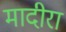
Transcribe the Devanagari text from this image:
मादीरा